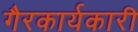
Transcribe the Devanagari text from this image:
गैरकार्यकारी